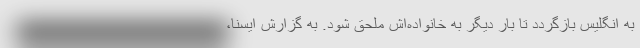
به انگلیس بازگردد تا بار دیگر به خانواده‌اش ملحق شود. به گزارش ایسنا،